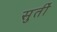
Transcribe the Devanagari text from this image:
सुतीं